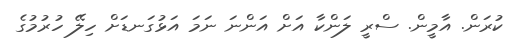
ކުރަން. އާމީން. ސްރީ ލަންކާ އަށް އަންނަ ނަމަ އަޅުގަނޑަށް ހިލޭ ހުރުމުގެ